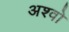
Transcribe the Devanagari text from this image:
अश्वो